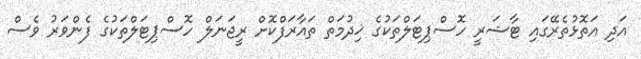
އަދި އަތޮޅުތެރޭގައި ޓާޝަރީ ހޮސްޕިޓަލްތަކުގެ ޚިދުމަތް ތައާރަފްކޮށް ރީޖަނަލް ހޮސްޕިޓަލްތަކުގެ ފެންވަރު ވެސް